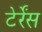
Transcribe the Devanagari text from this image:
टेर्रेंस